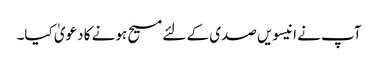
آپ نے انیسویں صدی کے لئے مسیح ہونے کا دعویٰ کیا۔